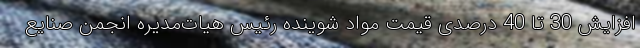
افزایش 30 تا 40 درصدی قیمت مواد شوینده رئیس هیات‌مدیره انجمن صنایع